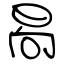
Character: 晑